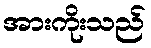
အားကိုးသည်